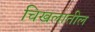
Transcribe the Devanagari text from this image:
चिखलातील